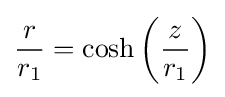
{\frac {r}{r_{1}}}=\cosh \left({\frac {z}{r_{1}}}\right)